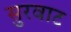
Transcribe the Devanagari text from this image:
सुरवाट